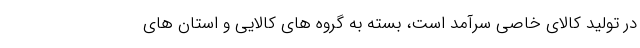
در تولید کالای خاصی سرآمد است، بسته به گروه های کالایی و استان های